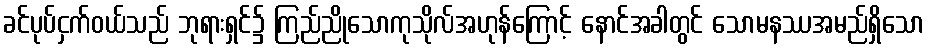
ခင်ပုပ်ငှက်ဝယ်သည် ဘုရားရှင်၌ ကြည်ညိုသောကုသိုလ်အဟုန်ကြောင့် နောင်အခါတွင် သောမနဿအမည်ရှိသော